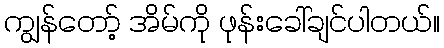
ကျွန်တော့် အိမ်ကို ဖုန်းခေါ်ချင်ပါတယ်။